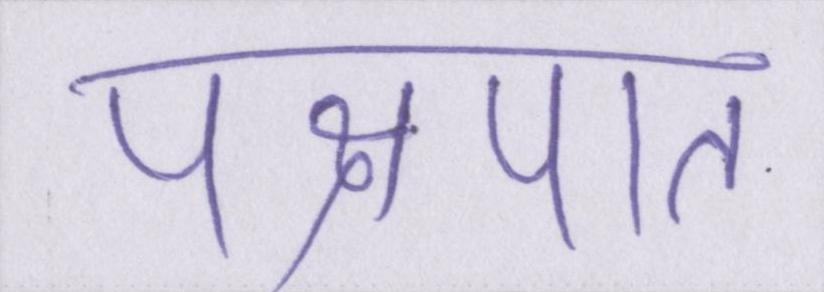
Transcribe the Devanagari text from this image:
पक्षपात